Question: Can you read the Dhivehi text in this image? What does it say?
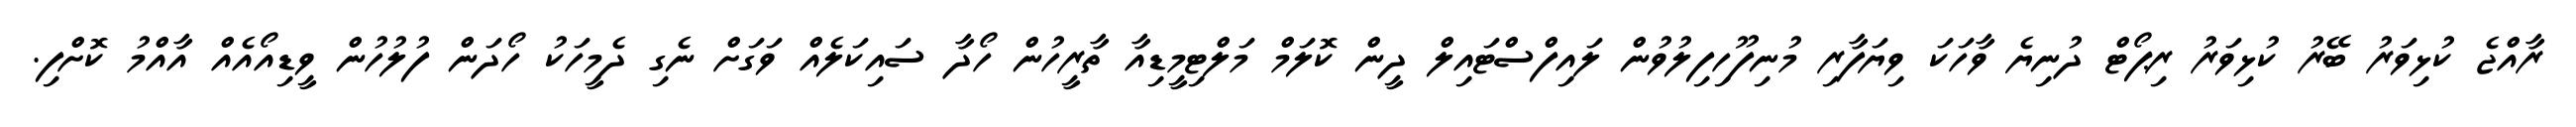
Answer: ރާއްޖެ ކުޅިވަރު ބޭރު ކުޅިވަރު ރިޕޯޓް ދުނިޔެ ވާހަކަ ވިޔަފާރި މުނިފޫހިފިލުވުން ލައިފްސްޓައިލް ދީން ކޮލަމް މަލްޓިމީޑިއާ ތާރީހުން ހޯދާ ސައިކަލެއް ވަގަށް ނެގި ދެމީހަކު ހޯދަން ފުލުހުން ވީޑިއޯއެއް އާއްމު ކޮށްފި.